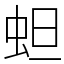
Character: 䖧